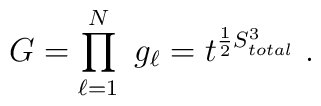
G=\prod^{N}_{\ell =1}\ g_{\ell}=t^{\frac{1}{2}S^3_{total}}\ .